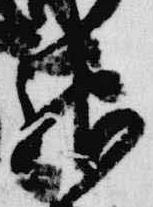
神